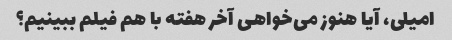
امیلی، آیا هنوز می‌خواهی آخر هفته با هم فیلم ببینیم؟